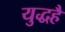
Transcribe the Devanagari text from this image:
युद्धहै